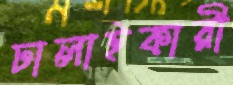
ঢালাইকারী